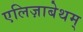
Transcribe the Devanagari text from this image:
एलिज़ाबेथम्